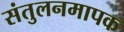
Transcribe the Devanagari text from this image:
संतुलनमापक